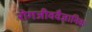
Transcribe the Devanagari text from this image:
रोगजीववैज्ञानिक